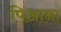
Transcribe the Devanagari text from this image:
पिआना